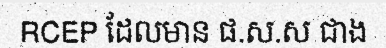
RCEP ដែលមាន ផ.ស.ស ជាង